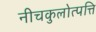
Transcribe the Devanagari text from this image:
नीचकुलोत्पत्ति